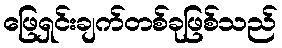
ဖြေရှင်းချက်တစ်ခုဖြစ်သည်